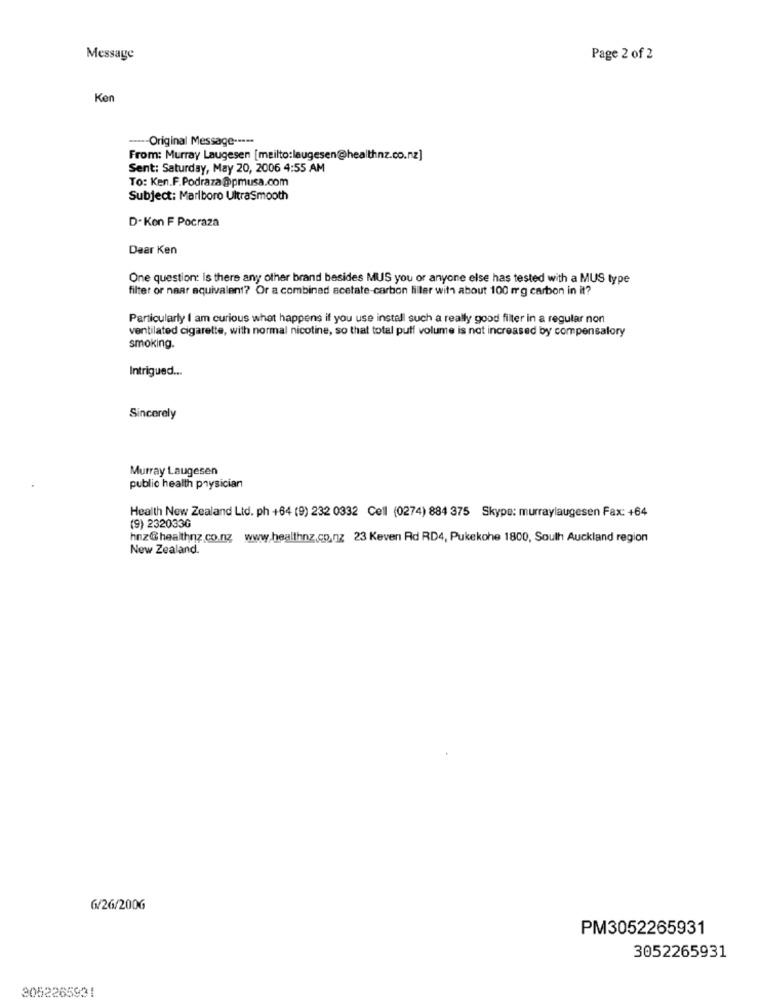
Message
Page 2 of 2
Ken
----- Original Message -----
From: Murray Laugesen [mailto:laugesen@healthnz.co.nz]
Sent: Saturday, May 20, 2006 4:55 AM
To: Ken.F.Podraza@pmusa.com
Subject: Marlboro UltraSmooth
D-Kon F Pocraza
Dear Ken
One question: Is there any other brand besides MUS you or anyone else has tested with a MUS type
filter or naar equivalent? Or a combined acetate-carbon filler with about 100 mg carbon in it?
Particularly I am curious what happens if you use install such a really good filter in a regular non
ventilated cigarette, with normal nicotine, so that total puff volume is not increased by compensatory
smoking.
Intrigued ...
Sincerely
Murray Laugesen
public health physician
Health New Zealand Ltd. ph +64 (9) 232 0332 Cell (0274) 884 375 Skype: murraylaugesen Fax: +64
(9) 232033G
hnz@healthnz.co.nz www.healthnz.co.nz 23 Keven Rd RD4, Pukekohe 1800, South Auckland region
New Zealand.
6/26/200G
PM3052265931
3052265931
3052265931